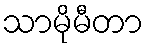
သာမိုမီတာ